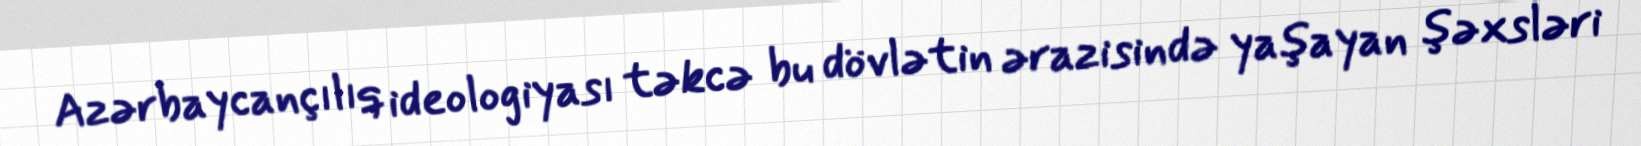
Azərbaycançılıq ideologiyası təkcə bu dövlətin ərazisində yaşayan şəxsləri